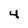
Character: 4